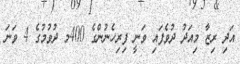
އަދި ރިޒާ މިއަދު ދުވެފައި ވަނީ ފިރިހެނުންގެ 400މ ދުވުމުގެ 4 ވަނަ